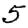
Digit: 5